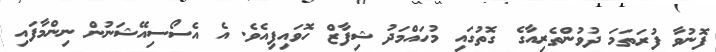
ފޮނުވާ ފުރަތަމަ ދުވުންތެރިއާގެ ގޮތުގައި މުހައްމަދު ޝިފާޒް ހޮވައިފިއެވެ. އެ އެސޯސިއޭޝަނުން ނިންމާފައި